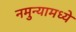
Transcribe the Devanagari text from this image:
नमुन्यामध्ये